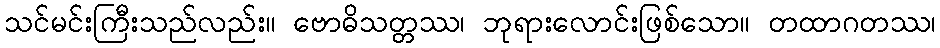
သင်မင်းကြီးသည်လည်း။ ဗောဓိသတ္တဿ၊ ဘုရားလောင်းဖြစ်သော။ တထာဂတဿ၊